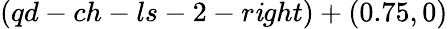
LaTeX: (qd-ch-ls-2-r\mathit{i}ght)+(0.75,0)